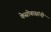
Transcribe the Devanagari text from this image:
केसोबासांनी